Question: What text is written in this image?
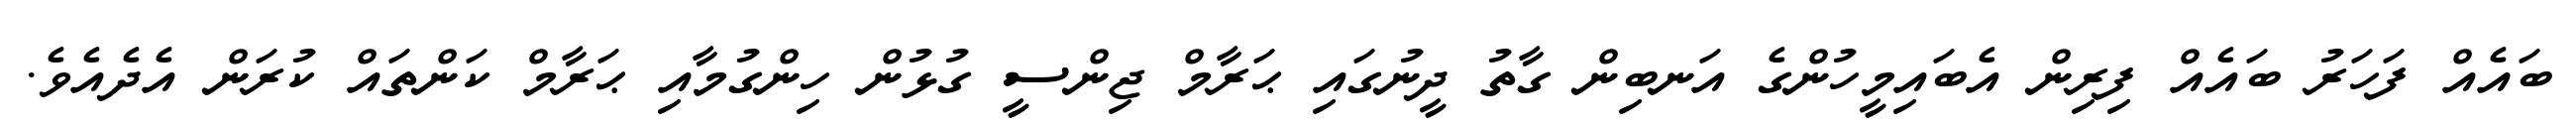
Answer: ބައެއް ފަހަރު ބައެއް ފިރިން އެބައިމީހުންގެ އަނބިން ގާތު ދީނުގައި ޙަރާމް ޖިންސީ ގުޅުން ހިންގުމާއި ޙަރާމް ކަންތައް ކުރަން އެދެއެވެ.